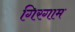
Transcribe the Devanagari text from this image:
गिरगाम